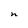
Character: n